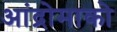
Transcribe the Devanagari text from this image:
आंद्रोमाको